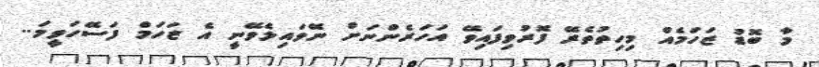
މާ ބޮޑު ޒަހަމެއް މިހިތުތެރޭ ފޮރުވިފައިވޭ އަހަރެންނަށް ނޭވައިލެވޭނީ އެ ޒަހަމް ފަސޭހަވީމަ..